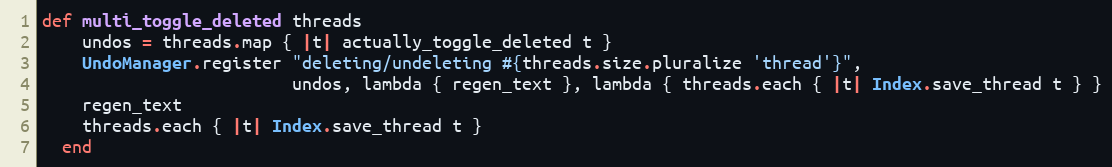
Language: Ruby
def multi_toggle_deleted threads
    undos = threads.map { |t| actually_toggle_deleted t }
    UndoManager.register "deleting/undeleting #{threads.size.pluralize 'thread'}",
                         undos, lambda { regen_text }, lambda { threads.each { |t| Index.save_thread t } }
    regen_text
    threads.each { |t| Index.save_thread t }
  end